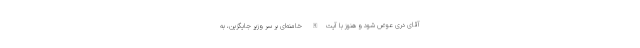
آقاى درى عوض شود و هنوز با آیت‌الله خامنه‌اى بر سر وزیر جایگزین، به